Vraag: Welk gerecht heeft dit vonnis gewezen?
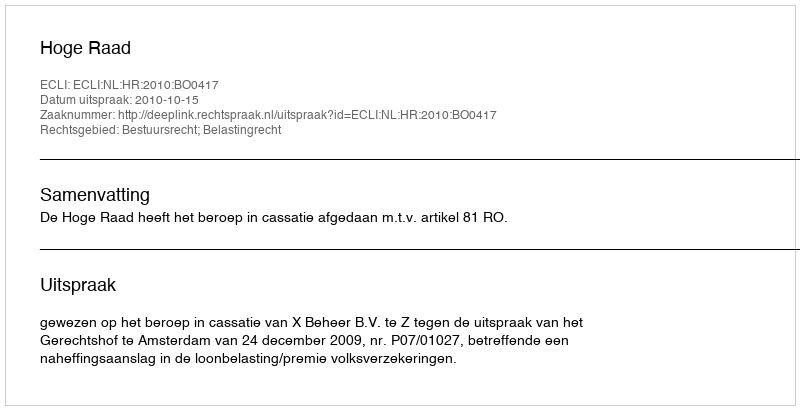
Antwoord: Hoge Raad